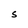
Character: S